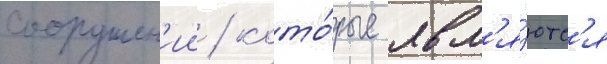
сооружен'ии / кото́рые явл'я́ютс'я